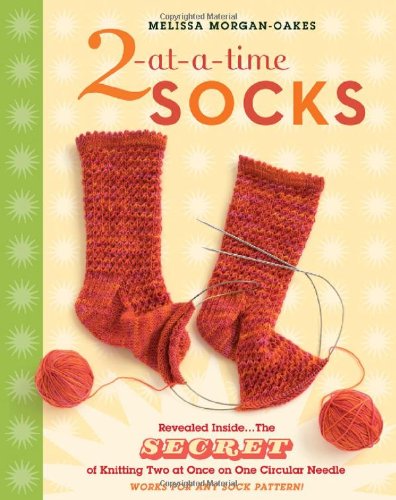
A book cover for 2-at-a-Time Socks: Revealed Inside. . . The Secret of Knitting Two at Once on One Circular Needle Works for any Sock Pattern!; Melissa Morgan-Oakes; Crafts, Hobbies & Home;